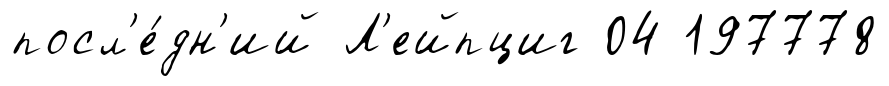
посл'е́дн'ий Л'ейпциг 04 197778